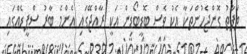
ތަފާތު ގޮންޖެހުންތަކާ އެކު ވެސް ބޮޑީބޯޑިން އަކީ ރާއްޖޭގައި އެންމެ ބާރު ސްޕީޑެއްގައި